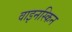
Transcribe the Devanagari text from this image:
वाइनस्किन